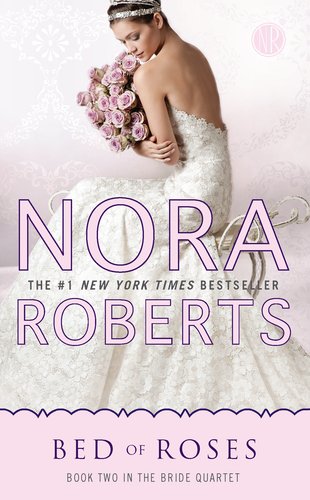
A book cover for Bed of Roses: Bride Quartet; Nora Roberts; Literature & Fiction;